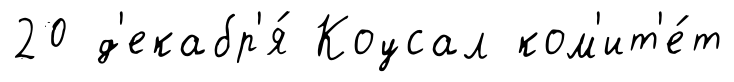
20 д'екабр'я́ Коусал ком'ит'е́т